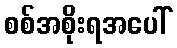
စစ်အစိုးရအပေါ်